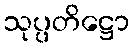
သုပ္ပတိဋ္ဌော